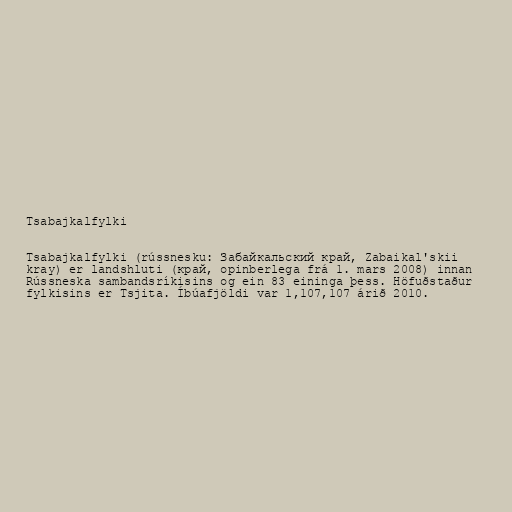
Tsabajkalfylki

Tsabajkalfylki (rússnesku: Забайкальский край, Zabaikal'skii
kray) er landshluti (край, opinberlega frá 1. mars 2008) innan
Rússneska sambandsríkisins og ein 83 eininga þess. Höfuðstaður
fylkisins er Tsjita. Íbúafjöldi var 1,107,107 árið 2010.